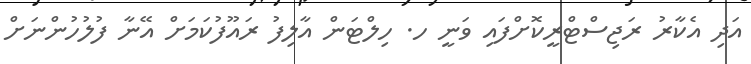
އަދި އެކާރު ރަޖިސްޓްރީކޮށްފައި ވަނީ ހ. ހިލްޓަން އާލިފު ރައޫފުކަމަށް އޭނާ ފުލުހުންނަށް